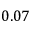
0 . 0 7